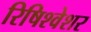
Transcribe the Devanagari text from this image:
रिषिश्वेशर